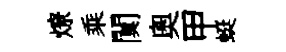
燎乘闃奥甲蜓